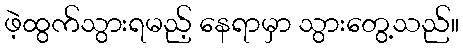
ဖဲ့ထွက်သွားရမည့် နေရာမှာ သွားတွေ့သည်။